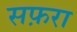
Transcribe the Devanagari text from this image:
सफ़रा